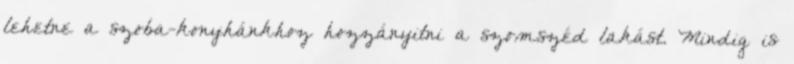
lehetne a szoba-konyhánkhoz hozzányitni a szomszéd lakást. Mindig is